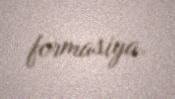
formasiya.